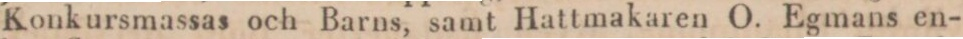
Konkursmassas och Barns, samt Hattmakaren O. Egmans en-